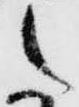
た